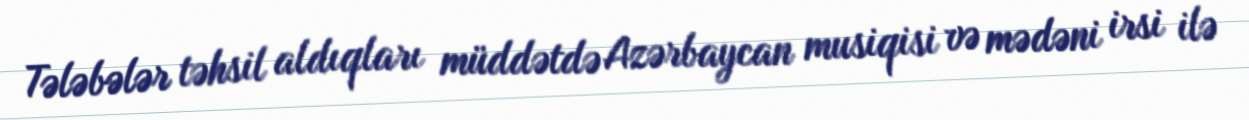
Tələbələr təhsil aldıqları müddətdə Azərbaycan musiqisi və mədəni irsi ilə